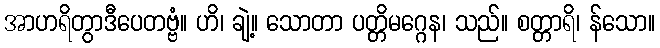
အာဟရိတွာဒီပေတဗ္ဗံ။ ဟိ၊ ချဲ့။ သောတာ ပတ္တိမဂ္ဂေန၊ သည်။ စတ္တာရိ၊ န်သော။